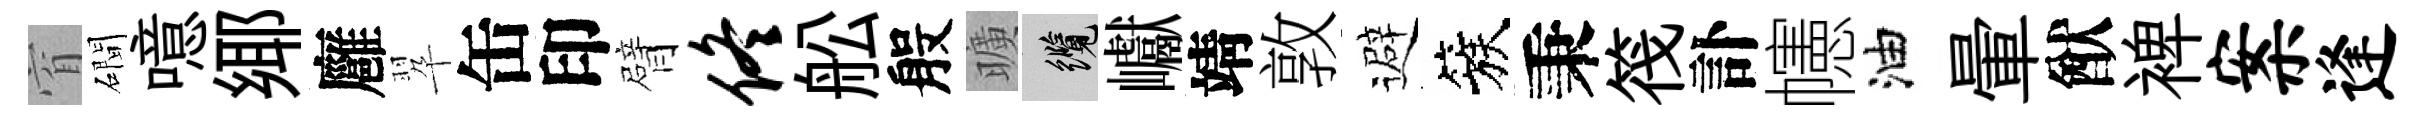
窅磵噫鄊廱翆缶印臂佟舩般曠纜巘靖敦避簇秉筏訃幰油暈猷裨案逢